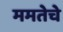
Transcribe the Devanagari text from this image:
ममतेचे